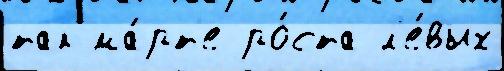
так ма́рт'е ро́ста л'е́вых